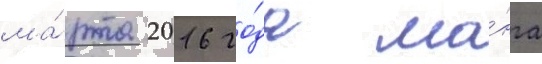
ма́рта 2016 го́да ма́нга